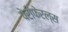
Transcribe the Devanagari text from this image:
पेरीफेरल्स